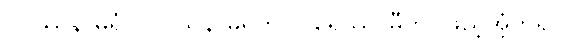
ဝိပဿနာဓုရံ၊ ဝိပဿနာဓူရကို။ ပူရေဿာမီတိ၊ ဖြည့်အံ့ဟူ၍။